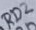
Text: RD2